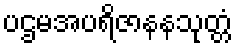
ပဌမအပရိဇာနနသုတ္တံ